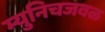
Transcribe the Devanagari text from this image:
म्युनिचजवळ